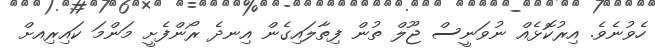
ހެވުނެވެ. އިރުކޮޅެއް ނުވަނީސް ޖޫލް ތުން ފިތާލައިގެން އިނދެ ރޯންފެށީ މަންމަ ކައިރިއށް